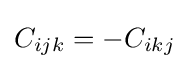
C_{ijk}=-C_{ikj}